Indian journal of veterinary science and animal husbandry - Volume 5,
Year: 1935
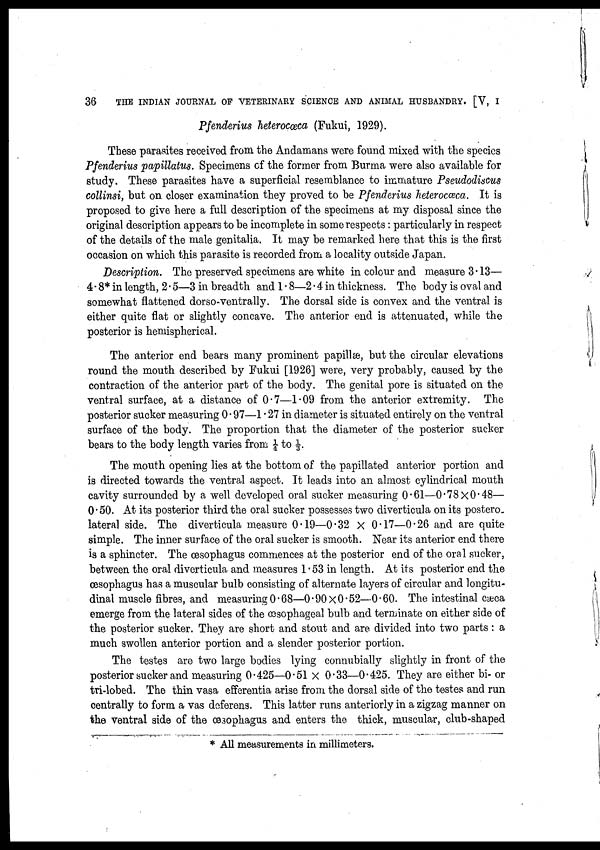
36
THE INDIAN JOURNAL OF VETERINARY SCIENCE AND ANIMAL HUSBANDRY. [V, I
Pfenderius heterocœca (Fukui, 1929).
These parasites received from the Andamans were found mixed with the species
Pfenderius papillatus. Specimens of the former from Burma were also available for
study. These parasites have a superficial resemblance to immature Pseudodiscus
collinsi, but on closer examination they proved to be Pfenderius heterocœca. It is
proposed to give here a full description of the specimens at my disposal since the
original description appears to be incomplete in some respects: particularly in respect
of the details of the male genitalia. It may be remarked here that this is the first
occasion on which this parasite is recorded from a locality outside Japan.
Description. The preserved specimens are white in colour and measure 3.13—
4.8* in length, 2.5—3 in breadth and 1.8—2.4 in thickness. The body is oval and
somewhat flattened dorso-ventrally. The dorsal side is convex and the ventral is
either quite flat or slightly concave. The anterior end is attenuated, while the
posterior is hemispherical.
The anterior end bears many prominent papillæ, but the circular elevations
round the mouth described by Fukui [1926] were, very probably, caused by the
contraction of the anterior part of the body. The genital pore is situated on the
ventral surface, at a distance of 0.7—1.09 from the anterior extremity. The
posterior sucker measuring 0.97—1.27 in diameter is situated entirely on the ventral
surface of the body. The proportion that the diameter of the posterior sucker
bears to the body length, varies from ¼ to ⅓.
The mouth opening lies at the bottom of the papillated anterior portion and
is directed towards the ventral aspect. It leads into an almost cylindrical mouth
cavity surrounded by a well developed oral sucker measuring 0.61—0.78×0.48—
0.50. At its posterior third the oral sucker possesses two diverticula on its postero
lateral side. The diverticula measure 0.19—0.32 × 0.17—0.26 and are quite
simple. The inner surface of the oral sucker is smooth. Near its anterior end there
is a sphincter. The œsophagus commences at the posterior end of the oral sucker,
between the oral diverticula and measures 1.53 in length. At its posterior end the
œsophagus has a muscular bulb consisting of alternate layers of circular and longitu
dinal muscle fibres, and measuring 0.68—0.90×0.52—0.60. The intestinal cæca¬
emerge from the lateral sides of the œsophageal bulb and terminate on either side of
the posterior sucker. They are short and stout and are divided into two parts: a
much swollen anterior portion and a slender posterior portion.
The testes are two large bodies lying connubially slightly in front of the
posterior sucker and measuring 0.425—0.51 × 0.33—0.425. They are either bi- or
tri-lobed. The thin vasa efferentia arise from the dorsal side of the testes and run
centrally to form a vas deferens. This latter runs anteriorly in a zigzag manner on
the ventral side of the œsophagus and enters the thick, muscular, club-shaped
* All measurements in millimeters.